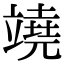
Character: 𥪯